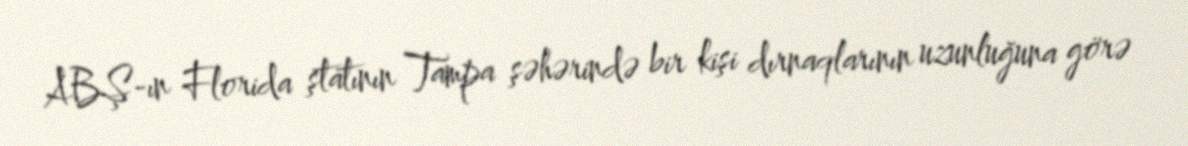
ABŞ-ın Florida ştatının Tampa şəhərində bir kişi dırnaqlarının uzunluğuna görə